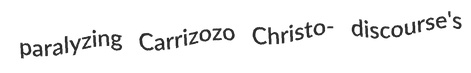
paralyzing Carrizozo Christo- discourse's